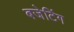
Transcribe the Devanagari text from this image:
बजेटिंग